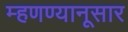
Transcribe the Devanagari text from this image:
म्हणण्यानूसार